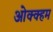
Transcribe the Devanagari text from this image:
ओक्क्हम